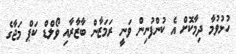
ހުޅުވުމާ ދިމާކޮށް އެ ކުންފުނިން ވަނީ ރަމަޒާން ބާޒާރާއި ވޯލްޑް ކަޕް މަޖާގެ